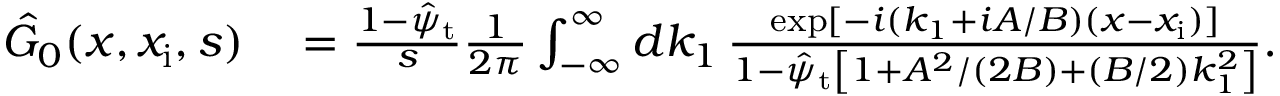
\begin{array} { r l } { \hat { G } _ { 0 } ( x , x _ { \mathrm { i } } , s ) } & { { } = \frac { 1 - \hat { \psi } _ { \mathrm { t } } } { s } \frac { 1 } { 2 \pi } \int _ { - \infty } ^ { \infty } d k _ { 1 } \, \frac { \exp [ - i ( k _ { 1 } + i A / B ) ( x - x _ { \mathrm { i } } ) ] } { 1 - \hat { \psi } _ { \mathrm { t } } \left[ 1 + A ^ { 2 } / ( 2 B ) + ( B / 2 ) k _ { 1 } ^ { 2 } \right] } . } \end{array}